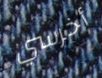
أخرسي